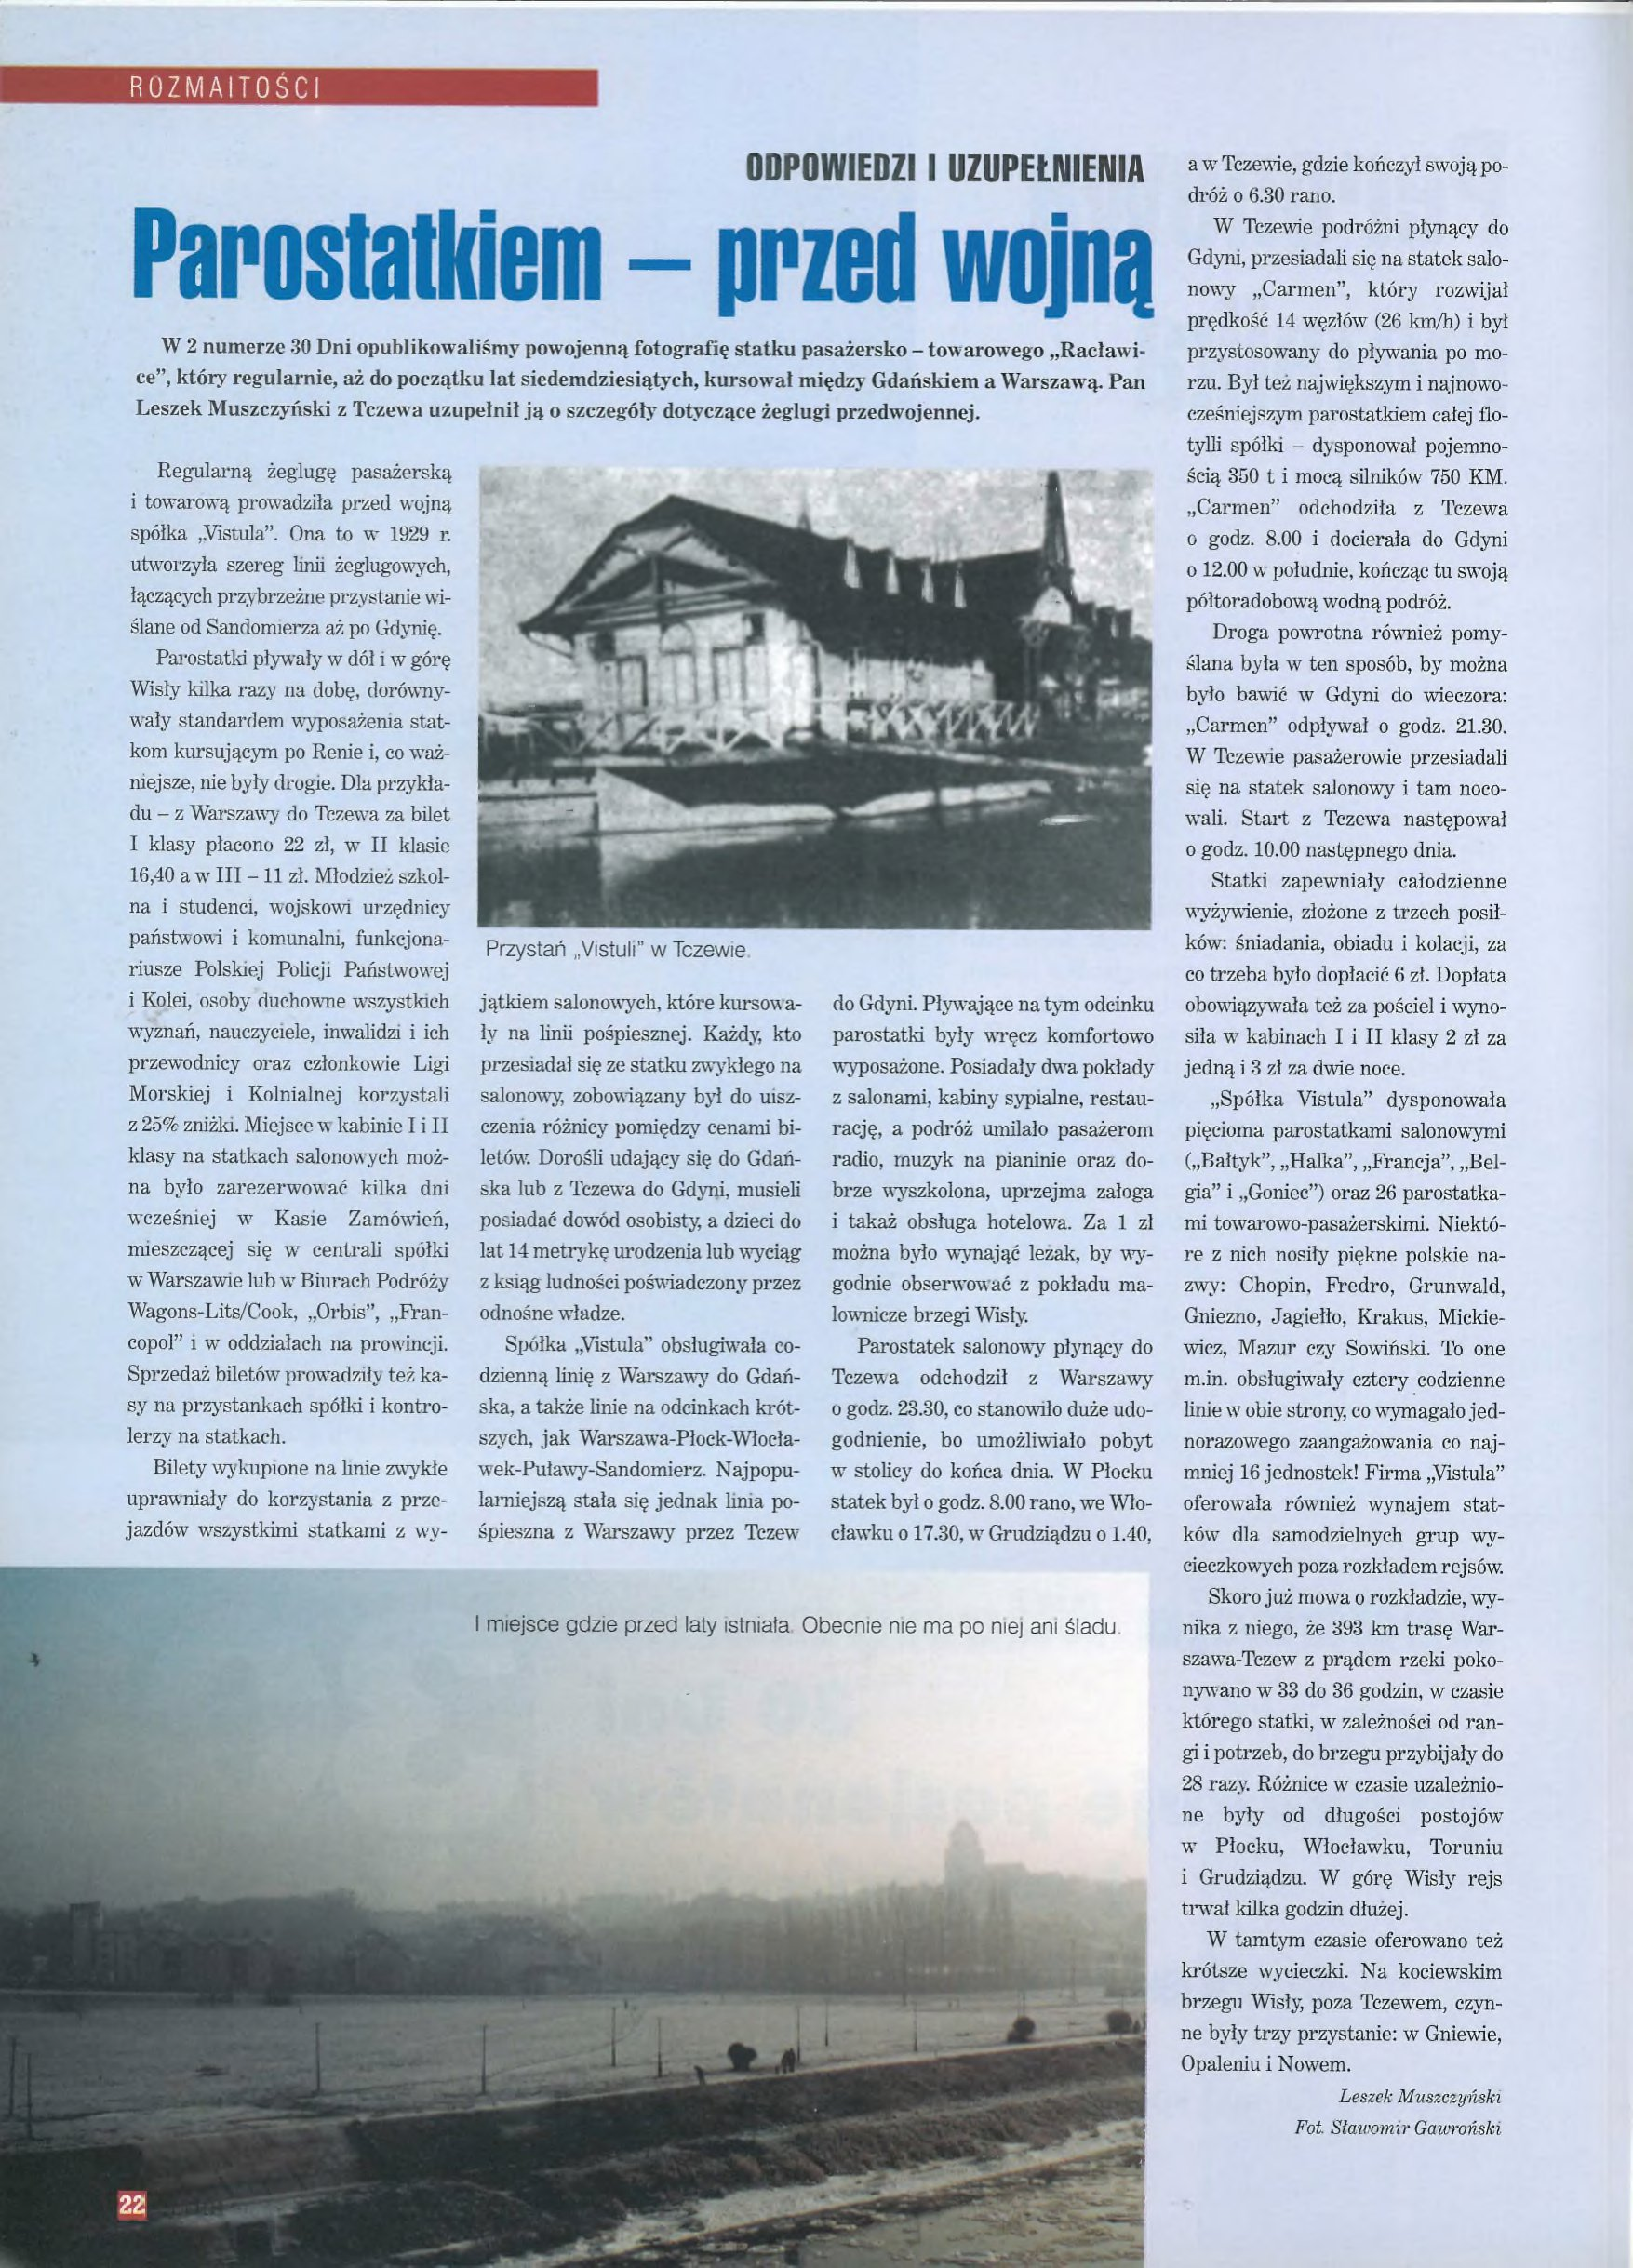
Language: pl